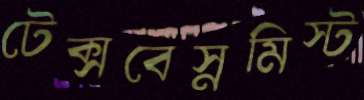
টেক্সবেস্নমিস্ট